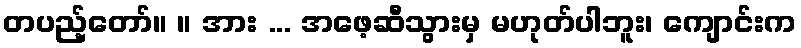
တပည့်တော်။ ။ အား ... အဖေ့ဆီသွားမှ မဟုတ်ပါဘူး၊ ကျောင်းက